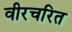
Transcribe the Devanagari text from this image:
वीरचरित